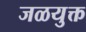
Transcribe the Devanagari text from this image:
जळयुक्त